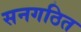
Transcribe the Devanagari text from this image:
सनगठित